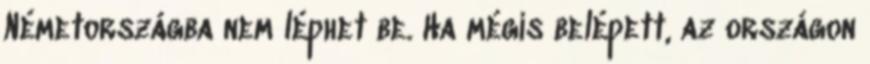
Németországba nem léphet be. Ha mégis belépett, az országon